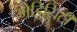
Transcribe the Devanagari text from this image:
मेडिसिटी